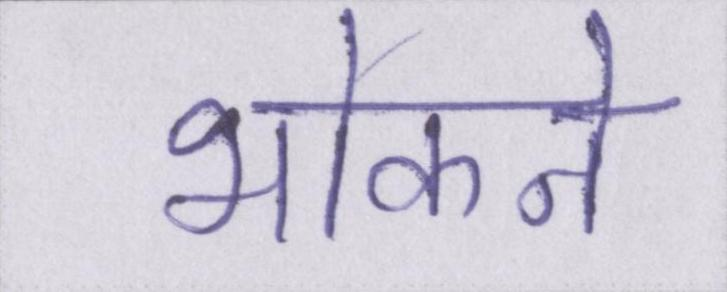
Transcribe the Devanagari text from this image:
भोकने